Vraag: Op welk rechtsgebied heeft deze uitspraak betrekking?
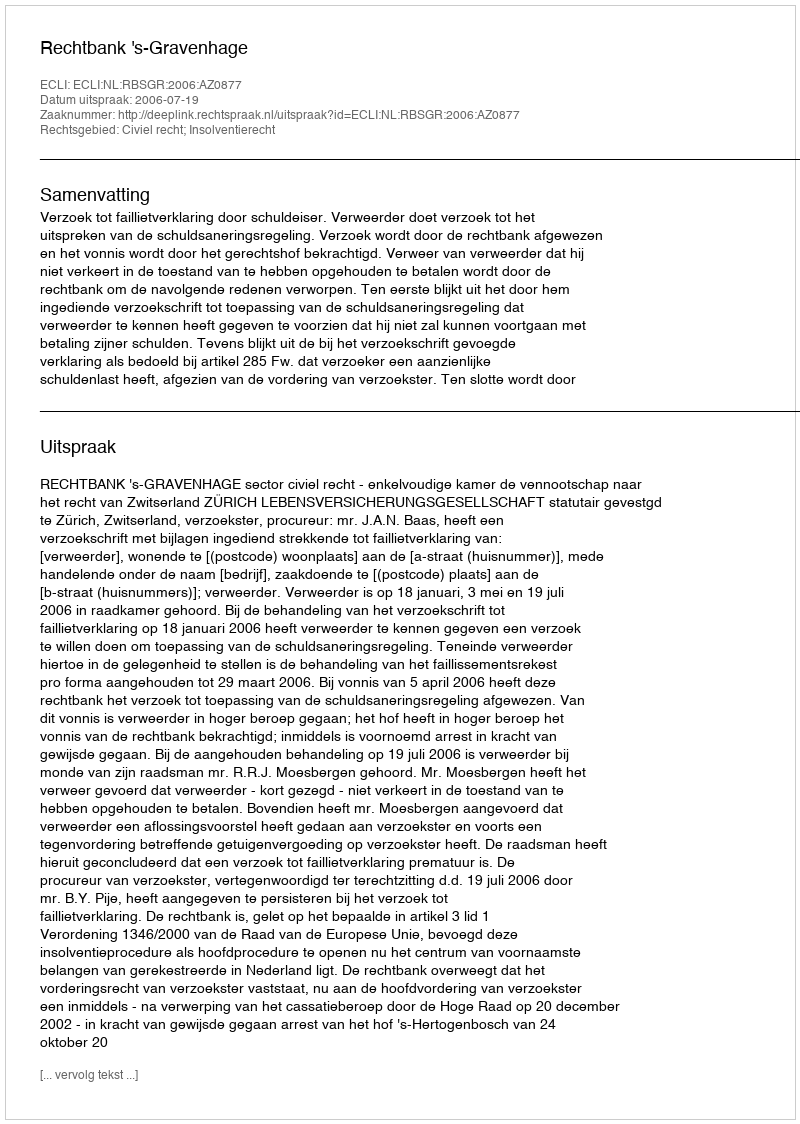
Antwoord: Civiel recht; Insolventierecht